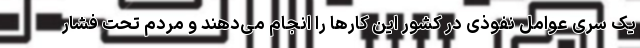
یک سری عوامل نفوذی در کشور این کارها را انجام می‌دهند و مردم تحت فشار